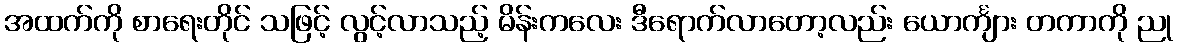
အထက်ကို စာရေးတိုင် သဖြင့် လွင့်လာသည့် မိန်းကလေး ဒီရောက်လာတော့လည်း ယောင်္ကျား တကာကို ညု